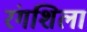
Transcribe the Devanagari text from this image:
रंगशिला